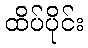
ထိပ်ပိုင်း